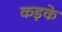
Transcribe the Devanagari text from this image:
कड़के